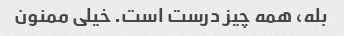
بله، همه چیز درست است. خیلی ممنون